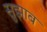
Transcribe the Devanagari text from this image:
सुझाब